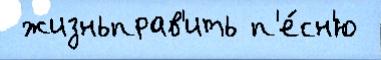
 жизньправ'ить п'е́сн'ю